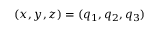
( x , y , z ) = ( q _ { 1 } , q _ { 2 } , q _ { 3 } )